Leaving Certificate Examination (including Day School Certificate (Higher) General paper), 1929
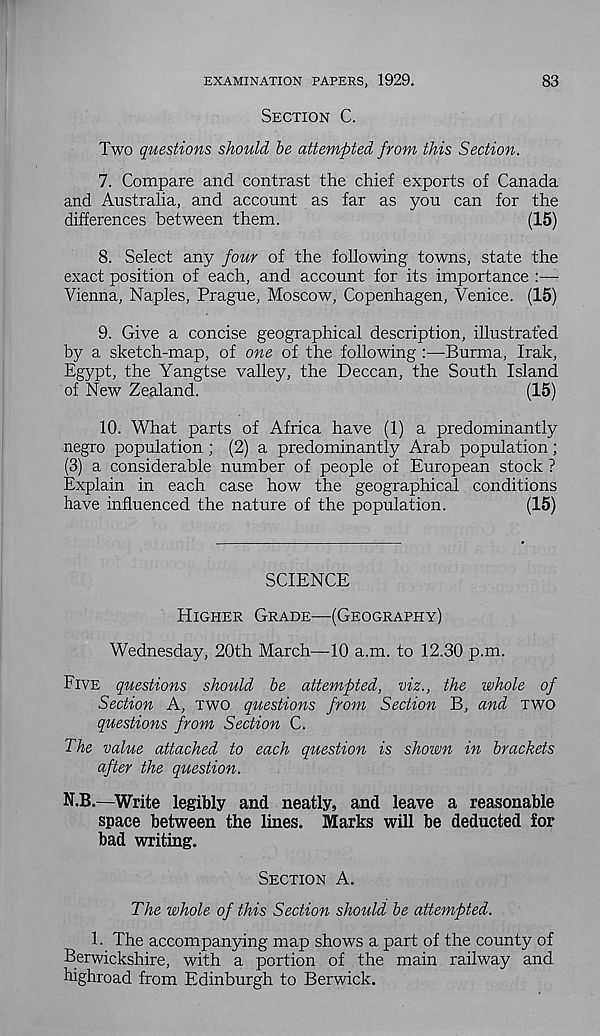
83
EXAMINATION PAPERS, 1929.
Section C.
Two questions should be attempted from this Section.
7. Compare and contrast the chief exports of Canada
and Australia, and account as far as you can for the
differences between them.
(15)
8. Select any four of the following towns, state the
exact position of each, and account for its importance :—
Vienna, Naples, Prague, Moscow, Copenhagen, Venice. (15)
9. Give a concise geographical description, illustrated
by a sketch-map, of one of the following :—Burma, Irak,
Egypt, the Yangtse valley, the Deccan, the South Island
of New Zealand.
(15)
10. What parts of Africa have (1) a predominantly
negro population ; (2) a predominantly Arab population;
(3) a considerable number of people of European stock ?
Explain in each case how the geographical conditions
have influenced the nature of the population.
(15)
SCIENCE
Higher Grade—(Geography)
Wednesday, 20th March—10 a.m. to 12.30 p.m.
Five questions should be attempted, viz., the whole of
Section A, two questions from Section B, and two
questions from Section C.
The value attached to each question is shown in brackets
after the question.
N.B.—Write legibly and neatly, and leave a reasonable
space between the lines. Marks will be deducted for
bad writing.
Section A.
The whole of this Section should be attempted.
1. The accompanying map shows a part of the county of
Berwickshire, with a portion of the main railway and
highroad from Edinburgh to Berwick.